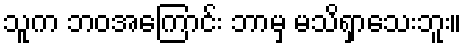
သူက ဘဝအကြောင်း ဘာမှ မသိရှာသေးဘူး။